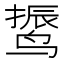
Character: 𱊙